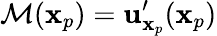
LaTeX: \mathcal{M}(\mathbf{x}_{p})=\mathbf{u}_{\mathbf{x}_{p}}^{\prime}(\mathbf{x}_{p})